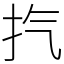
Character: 㧉